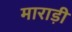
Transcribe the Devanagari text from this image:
माराड़ी